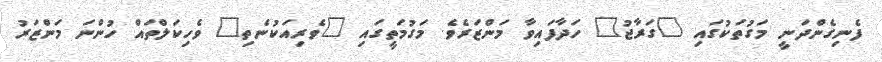
ފެނިގެންދަނީ މަގުތަކުގައި "ގަރާޖު" ހަދާފައިވާ މަންޒަރެވެ. މަގުމަތީގައި "ވެރިއަކުނެތި" ވެހިކަލްތައް ހުންނަ މަންޒަރު